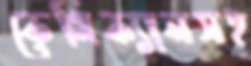
কেমিক্যালসহ